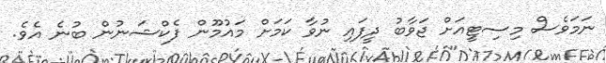
ނަމަވެސް މިސިޓީއަށް ޖަވާބު ދީފައި ނުވާ ކަމަށް މައުމޫން ފެކްޝަނުން ބުނެ އެވެ.